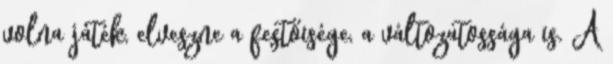
volna játék, elveszne a festőisége, a változatossága is. A